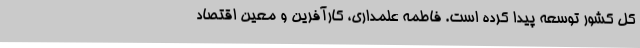
کل کشور توسعه پیدا کرده است. فاطمه علمداری، کارآفرین و معین اقتصاد